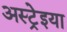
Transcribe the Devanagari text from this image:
अस्ट्रेइया